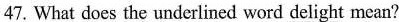
47. What does the underlined word \underline{delight} mean?